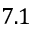
7 . 1